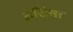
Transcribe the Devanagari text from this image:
अशिमा